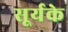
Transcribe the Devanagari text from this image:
सूर्यके